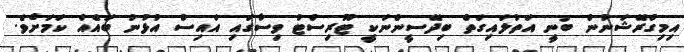
އިމިގްރޭޝަނުން ބުނީ އަތުލައިގަތް ބިދޭސީންނަކީ ޓޫރިސްޓު ވިސާގައި އައިސް އުޅުނު ބައެއް ކަމަށެވެ.